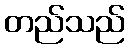
တည်သည်